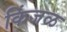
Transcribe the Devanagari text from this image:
किंजळ